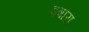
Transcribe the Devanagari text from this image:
इषारा